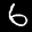
Label: 6